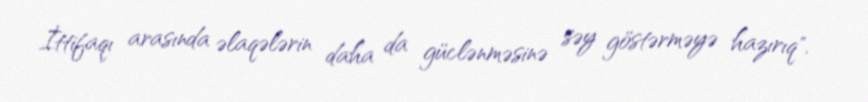
İttifaqı arasında əlaqələrin daha da güclənməsinə səy göstərməyə hazırıq".